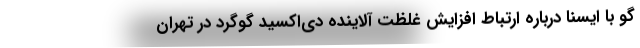
گو با ایسنا درباره ارتباط افزایش غلظت آلاینده دی‌اکسید گوگرد در تهران